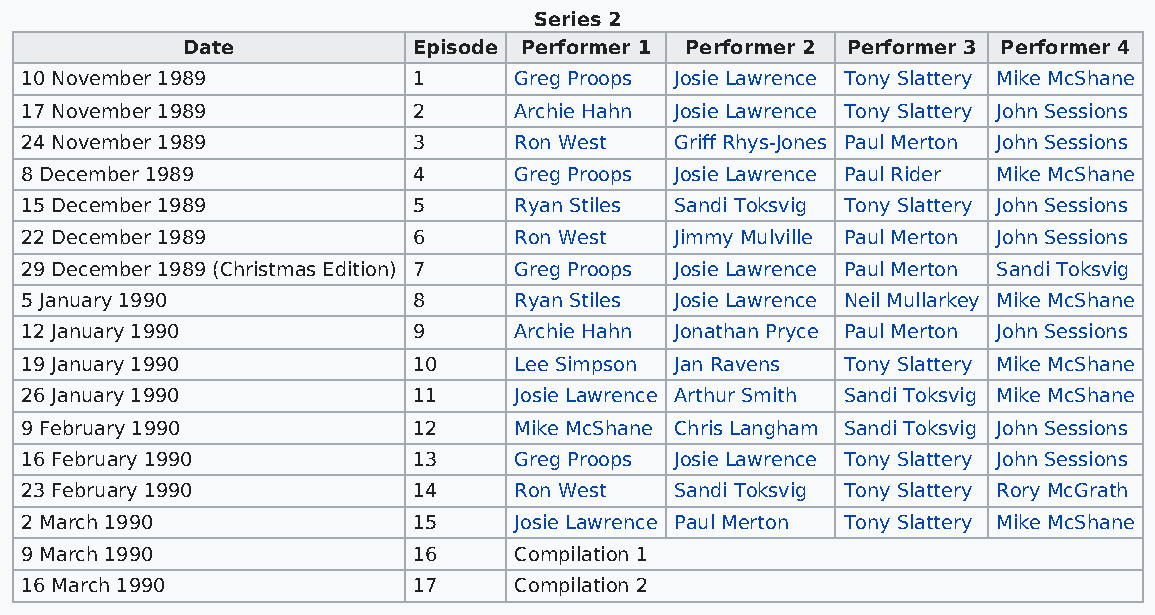
Series 2
 Date           Episode Performer 1 Performer 2 Performer 3 Performer 4
 10 November 1989          1      Greg Proops Josie Lawrence Tony Slattery Mike McShane
 17 November 1989          2      Archie Hahn Josie Lawrence Tony Slattery John Sessions
 24 November 1989          3      Ron West   Griff Rhys-Jones Paul Merton John Sessions
 8 December 1989           4      Greg Proops Josie Lawrence Paul Rider Mike McShane
 15 December 1989          5      Ryan Stiles Sandi Toksvig Tony Slattery John Sessions
 22 December 1989          6      Ron West   Jimmy Mulville Paul Merton John Sessions
 29 December 1989 (Christmas Edition) 7 Greg Proops Josie Lawrence Paul Merton Sandi Toksvig
 5 January 1990            8      Ryan Stiles Josie Lawrence Neil Mullarkey Mike McShane
 12 January 1990           9      Archie Hahn Jonathan Pryce Paul Merton John Sessions
 19 January 1990           10     Lee Simpson Jan Ravens Tony Slattery Mike McShane
 26 January 1990           11     Josie Lawrence Arthur Smith Sandi Toksvig Mike McShane
 9 February 1990           12     Mike McShane Chris Langham Sandi Toksvig John Sessions
 16 February 1990          13     Greg Proops Josie Lawrence Tony Slattery John Sessions
 23 February 1990          14     Ron West   Sandi Toksvig Tony Slattery Rory McGrath
 2 March 1990              15     Josie Lawrence Paul Merton Tony Slattery Mike McShane
 9 March 1990              16     Compilation 1
 16 March 1990             17     Compilation 2